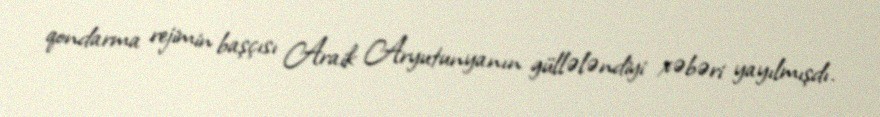
qondarma rejimin başçısı Araik Aryutunyanın güllələndiyi xəbəri yayılmışdı.